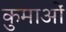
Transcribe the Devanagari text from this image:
कुमाओं